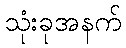
သုံးခုအနက်